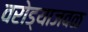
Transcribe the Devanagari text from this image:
वरोड्याजवळ